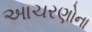
આચરણોના